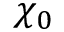
\chi _ { 0 }